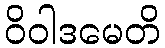
ဝိဝါဒမေတိ